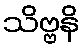
သိဗ္ဗနိ